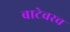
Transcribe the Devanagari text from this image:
बाटेवरच